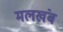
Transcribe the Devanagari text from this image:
मलखंब